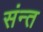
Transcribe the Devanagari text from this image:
संन्त